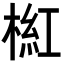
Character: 𣖘